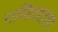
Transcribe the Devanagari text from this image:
गणितातला